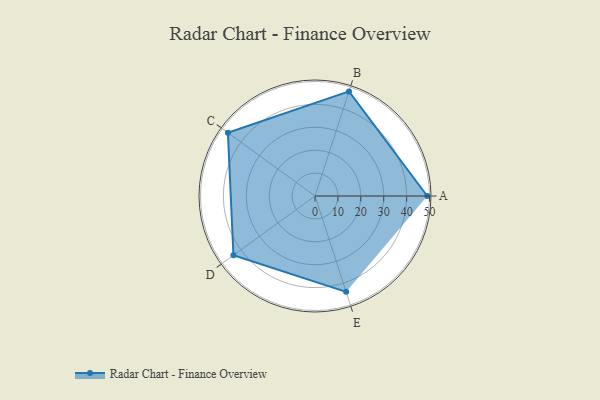
{"axis": {"x": "Skill", "y": "Score"}, "legend": ["Profile"], "data": [{"x": "A", "y": 49.0, "type": "Profile"}, {"x": "B", "y": 48.0, "type": "Profile"}, {"x": "C", "y": 47.0, "type": "Profile"}, {"x": "D", "y": 44.0, "type": "Profile"}, {"x": "E", "y": 44.0, "type": "Profile"}]}